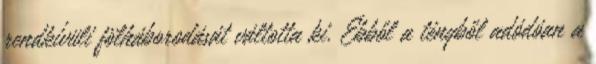
rendkívüli fölháborodását váltotta ki. Ebből a tényből adódóan a